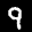
Label: 9